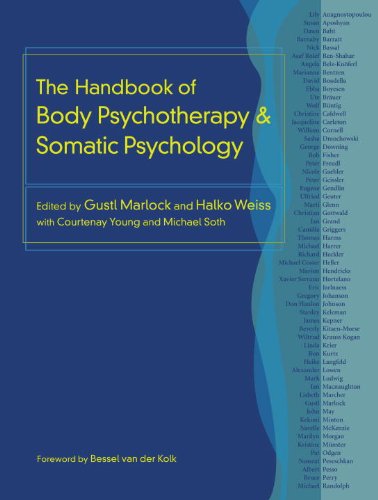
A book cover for The Handbook of Body Psychotherapy and Somatic Psychology; Gustl Marlock; Health, Fitness & Dieting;